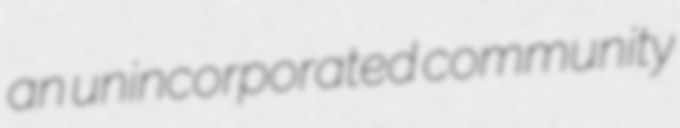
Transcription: an unincorporated community